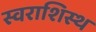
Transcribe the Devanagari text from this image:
स्वराशिस्थ